Insane asylums in Bengal annual reports 1867-1875 - 1867-1875
Year: 1867
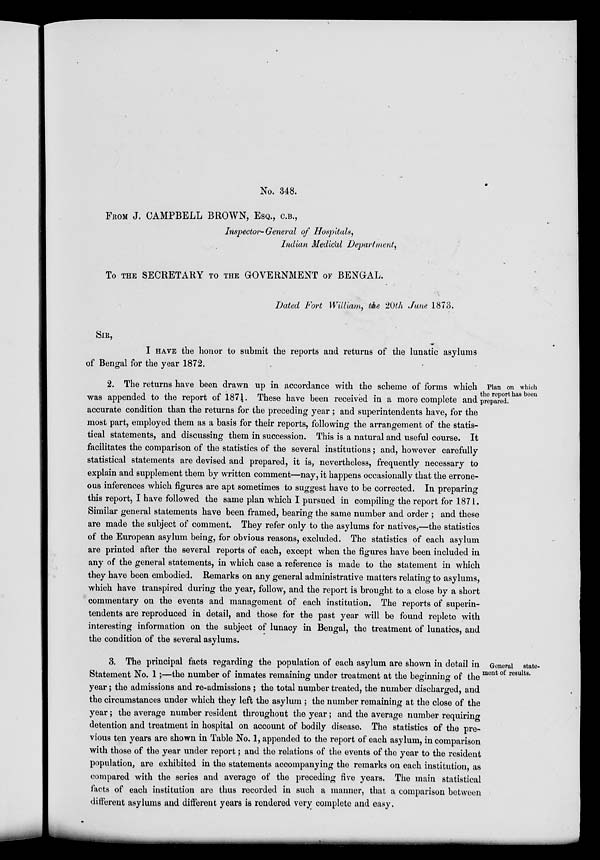
No. 348.
FROM J. CAMPBELL BROWN, ESQ., C.B.,
Inspector-General of Hospitals,
Indian Medical Department,
To THE SECRETARY TO THE GOVERNMENT OF BENGAL.
Dated Fort William, the 20th June 1873.
SIR,
I HAVE the honor to submit the reports and returns of the lunatic asylums
of Bengal for the year 1872.
Plan on which
the report has been
prepared.
2. The returns have been drawn up in accordance with the scheme of forms which
was appended to the report of 1871. These have been received in a more complete and
accurate condition than the returns for the preceding year ; and superintendents have, for the
most part, employed them as a basis for their reports, following the arrangement of the statis-
tical statements, and discussing them in succession. This is a natural and useful course. It
facilitates the comparison of the statistics of the several institutions; and, however carefully
statistical statements are devised and prepared, it is, nevertheless, frequently necessary to
explain and supplement them by written comment—nay, it happens occasionally that the errone-
ous inferences which figures are apt sometimes to suggest have to be corrected. In preparing
this report, I have followed the same plan which I pursued in compiling the report for 1871.
Similar general statements have been framed, bearing the same number and order ; and these
are made the subject of comment. They refer only to the asylums for natives,—the statistics
of the European asylum being, for obvious reasons, excluded. The statistics of each asylum
are printed after the several reports of each, except when the figures have been included in
any of the general statements, in which case a reference is made to the statement in which
they have been embodied. Remarks on any general administrative matters relating to asylums,
which have transpired during the year, follow, and the report is brought to a close by a short
commentary on the events and management of each institution. The reports of superin-
tendents are reproduced in detail, and those for the past year will be found replete with
interesting information on the subject of lunacy in Bengal, the treatment of lunatics, and
the condition of the several asylums.
General state-
ment of results.
3. The principal facts regarding the population of each asylum are shown in detail in
Statement No. 1;—the number of inmates remaining under treatment at the beginning of the
year ; the admissions and re-admissions ; the total number treated, the number discharged, and
the circumstances under which they left the asylum ; the number remaining at the close of the
year; the average number resident throughout the year; and the average number requiring
detention and treatment in hospital on account of bodily disease. The statistics of the pre-
vious ten years are shown in Table No. 1, appended to the report of each asylum, in comparison
with those of the year under report; and the relations of the events of the year to the resident
population, are exhibited in the statements accompanying the remarks on each institution, as
compared with the series and average of the preceding five years. The main statistical
facts of each institution are thus recorded in such a manner, that a comparison between
different asylums and different years is rendered very complete and easy.